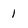
Character: 1